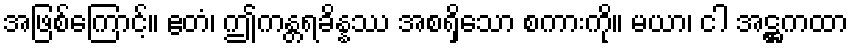
အဖြစ်ကြောင့်။ ဧတံ၊ ဤကန္တရခိန္နဿ အစရှိသော စကားကို။ မယာ၊ ငါ အဋ္ဌကထာ